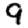
Digit: 9